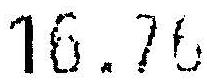
16.76